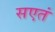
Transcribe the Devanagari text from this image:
सएतं